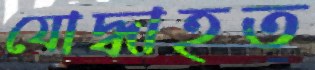
যোদ্ধাহত